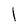
Character: l